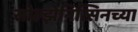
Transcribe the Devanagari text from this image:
सोल्झेनित्सिनच्या